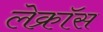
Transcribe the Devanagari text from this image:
लेक्रॉस